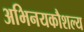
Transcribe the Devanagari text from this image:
अभिनयकौशल्य